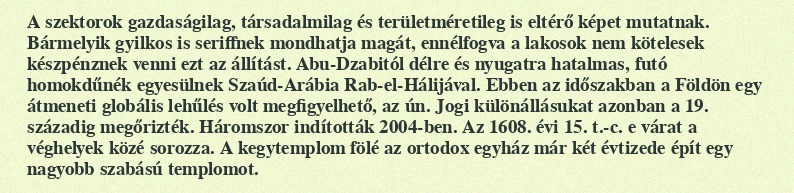
A szektorok gazdaságilag, társadalmilag és területméretileg is eltérő képet mutatnak. Bármelyik gyilkos is seriffnek mondhatja magát, ennélfogva a lakosok nem kötelesek készpénznek venni ezt az állítást. Abu-Dzabitól délre és nyugatra hatalmas, futó homokdűnék egyesülnek Szaúd-Arábia Rab-el-Hálijával. Ebben az időszakban a Földön egy átmeneti globális lehűlés volt megfigyelhető, az ún. Jogi különállásukat azonban a 19. századig megőrizték. Háromszor indították 2004-ben. Az 1608. évi 15. t.-c. e várat a véghelyek közé sorozza. A kegytemplom fölé az ortodox egyház már két évtizede épít egy nagyobb szabású templomot.